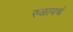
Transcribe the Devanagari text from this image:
रुळायचं